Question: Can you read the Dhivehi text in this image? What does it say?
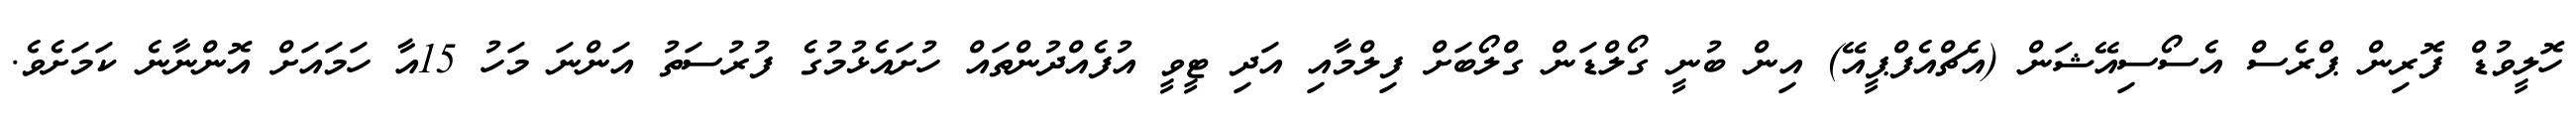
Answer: ހޮލީވުޑް ފޮރިން ޕްރެސް އެސޯސިއޭޝަން (އެޗްއެފްޕީއޭ) އިން ބުނީ ގޯލްޑަން ގްލޯބަށް ފިލްމާއި އަދި ޓީވީ އުފެއްދުންތައް ހުށައެޅުމުގެ ފުރުސަތު އަންނަ މަހު 15އާ ހަމައަށް އޮންނާނެ ކަމަށެވެ.